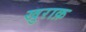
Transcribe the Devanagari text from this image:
खुराक़